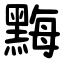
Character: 黣